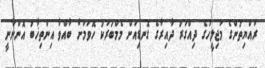
ރައްޔިތުންގެ މަޖިލީހުގެ ދިއްގަރު ދާއިރާގެ ގޮނޑިއަށް މެމްބަރަކު ހޮވުމަށް ބާއްވާ އިންތިޚާބު އޮންނާނީ